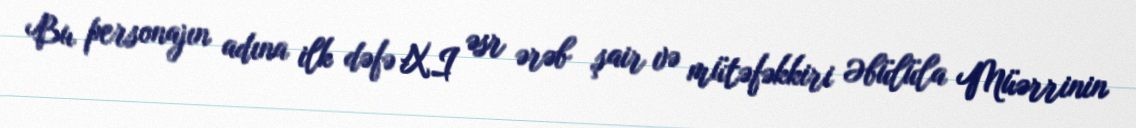
Bu personajın adına ilk dəfə XI əsr ərəb şair və mütəfəkkiri Əbülüla Müərrinin